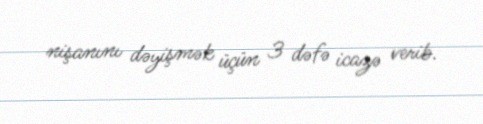
nişanını dəyişmək üçün 3 dəfə icazə verib.